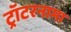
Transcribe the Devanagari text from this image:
ट्रॉटरनामा